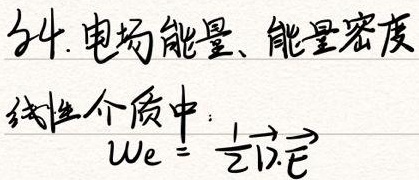
24. 电场能量、能量密度。线性介质中：\(w_e = \frac{1}{2}\vec{D}\cdot\vec{E}\)